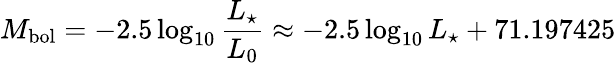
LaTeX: M_{\mathrm{bol}}=-2.5\log_{10}{\frac{L_{\star}}{L_{0}}}\approx-2.5\log_{10}L_{\star}+71.197425